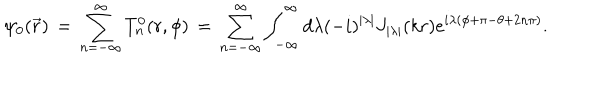
\psi _ { 0 } ( \vec { r } ) \, = \, \sum _ { n = - \infty } ^ { \infty } T _ { n } ^ { 0 } ( r , \phi ) \, = \, \sum _ { n = - \infty } ^ { \infty } \int _ { - \infty } ^ { \infty } d \lambda ( - i ) ^ { | \lambda | } J _ { | \lambda | } ( k r ) e ^ { i \lambda ( \phi + \pi - \theta + 2 n \pi ) } .